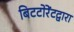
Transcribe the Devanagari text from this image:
बिटटोरेंटद्वारा